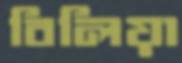
বিলিয়া